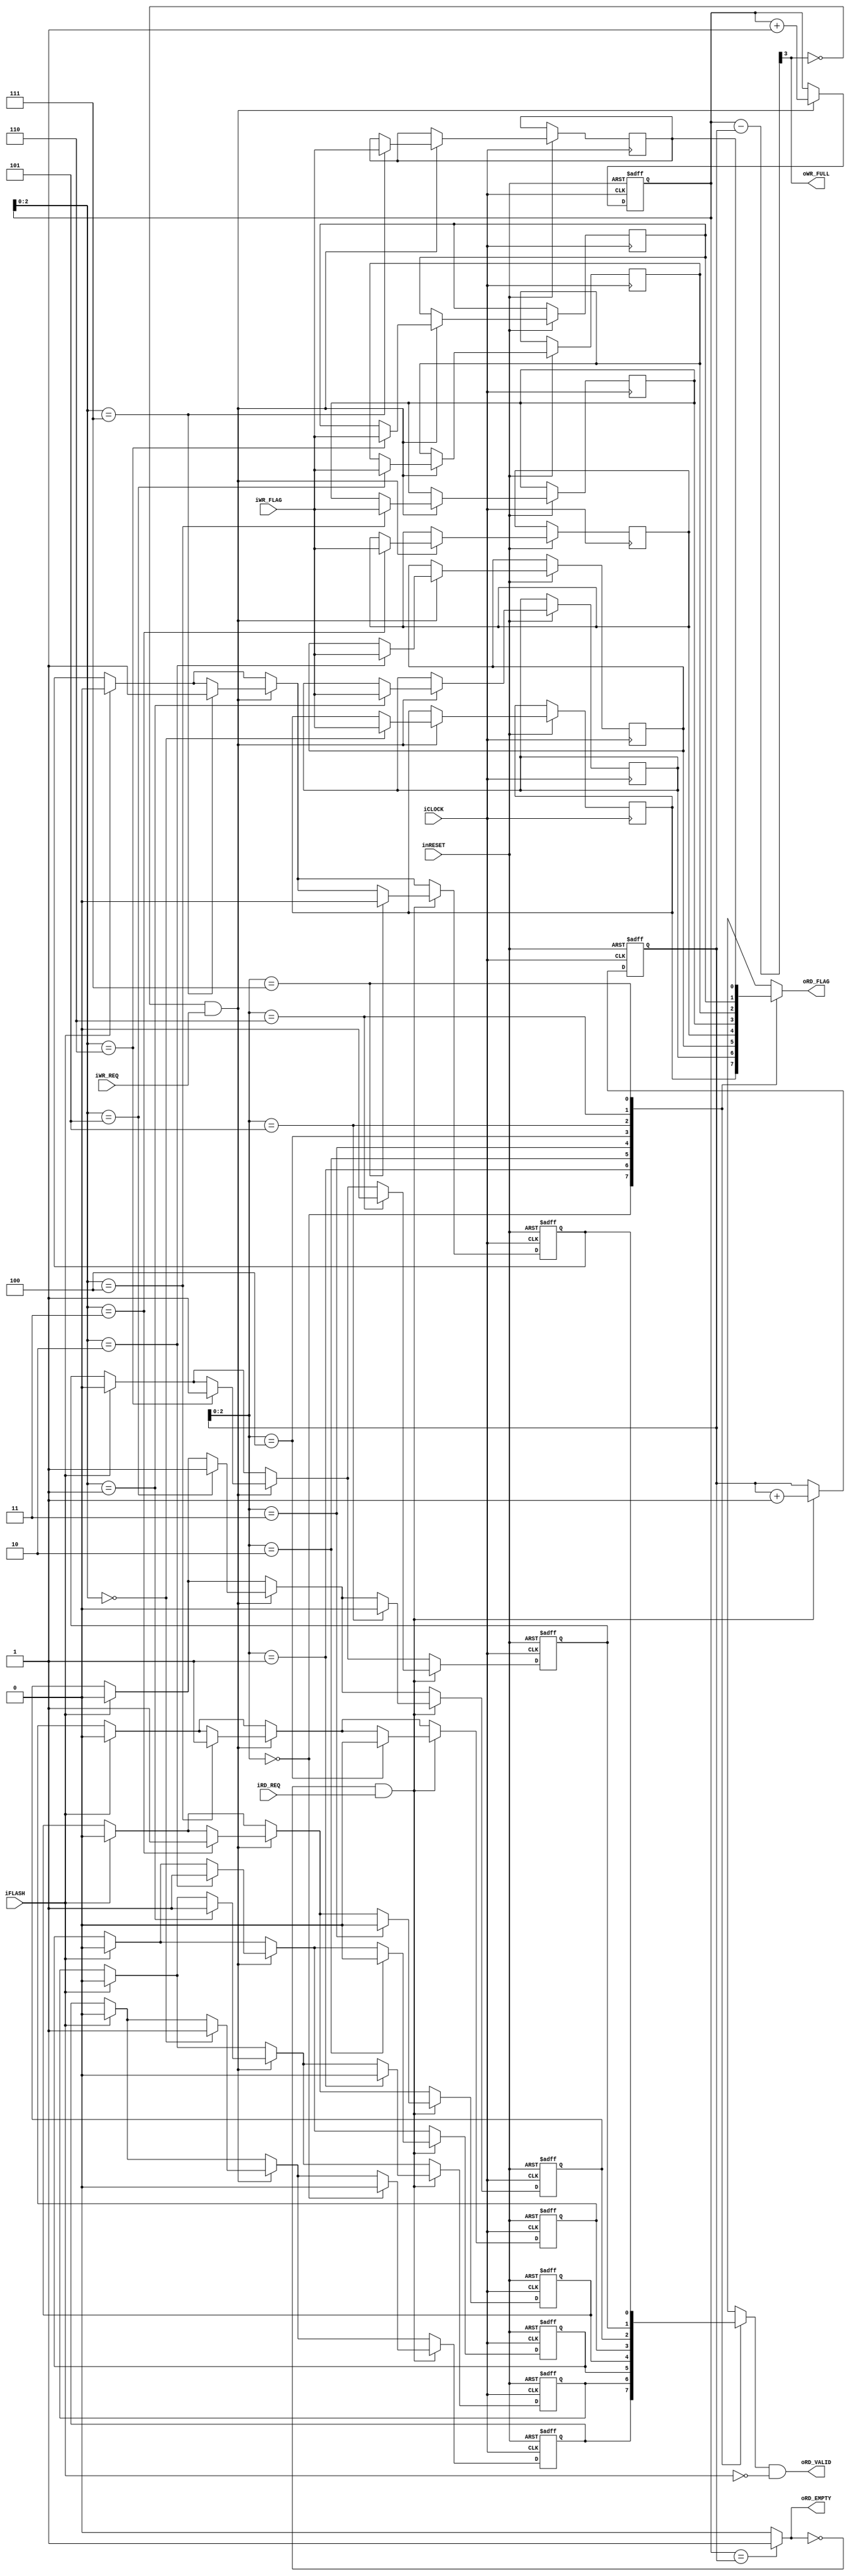
module mist1032sa_arbiter_matching_queue #(
		//Queue Deap
		parameter D = 8,
		//Queue Deap_N
		parameter DN = 3,
		//Queue Flag_N
		parameter FN = 1	
	)(
		input wire iCLOCK,
		input wire inRESET,
		//Flash
		input wire iFLASH,
		//Write
		input wire iWR_REQ,
		input wire [FN-1:0] iWR_FLAG,
		output wire oWR_FULL,
		//Read
		input wire iRD_REQ,
		output wire oRD_VALID,
		output wire [FN-1:0] oRD_FLAG,
		output wire oRD_EMPTY
	);
	
	
	/***********************************************************
	Control
	***********************************************************/
	wire full_flag;
	wire empty_flag;
	wire [DN:0] count;
	
	reg [DN:0] wr_counter;
	reg [DN:0] rd_counter;
	reg queue_valid[0:D-1];
	reg [FN-1:0] queue_type[0:D-1];
	
	integer i;
	
	
	assign full_flag = count[DN];
	assign empty_flag = (wr_counter == rd_counter)? 1'b1 : 1'b0;
	assign count = wr_counter - rd_counter;
	
	
	always@(posedge iCLOCK or negedge inRESET)begin
		if(!inRESET)begin
			wr_counter <= {DN+1{1'b0}};
			rd_counter <= {DN+1{1'b0}};
			//Flag Clear
			for(i = 0; i < D; i = i + 1)begin
				queue_valid[i] <= 1'b0;
			end
		end
		else begin
			if(iFLASH)begin
				//Flag Clear
				for(i = 0; i < D; i = i + 1)begin
					queue_valid[i] <= 1'b0;
				end
			end
			//Prev -> Next
			if(!full_flag && iWR_REQ)begin
				wr_counter <= wr_counter + {{DN{1'b0}}, 1'b1};
				queue_valid[wr_counter[DN-1:0]] <= 1'b1;
				queue_type[wr_counter[DN-1:0]] <= iWR_FLAG;
			end
			//Next -> Data
			if(!empty_flag && iRD_REQ)begin
				rd_counter <= rd_counter + {{DN{1'b0}}, 1'b1};
				queue_valid[rd_counter[DN-1:0]] <= 1'b0;
			end
		end
	end
	
	/***********************************************************
	Output Assign
	***********************************************************/
	assign oWR_FULL = full_flag;
	assign oRD_VALID = queue_valid[rd_counter[DN-1:0]] && !iFLASH;
	assign oRD_FLAG = queue_type[rd_counter[DN-1:0]];
	assign oRD_EMPTY = empty_flag;
	
	
endmodule